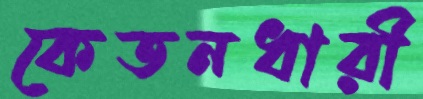
কেতনধারী